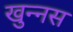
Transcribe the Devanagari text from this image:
खुन्नस